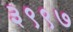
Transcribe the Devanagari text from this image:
३९९७